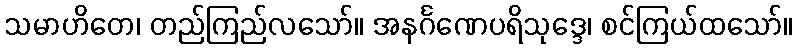
သမာဟိတေ၊ တည်ကြည်လသော်။ အနင်္ဂဏေပရိသုဒ္ဒေ၊ စင်ကြယ်ထသော်။